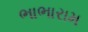
ભાભારામ